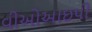
વીઓઆઇપી